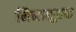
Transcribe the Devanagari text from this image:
निनाशुल्क